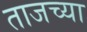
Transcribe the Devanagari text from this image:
ताजच्या